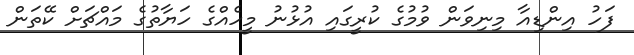
ފަހު އިންޑިއާ މިނިވަން ވުމުގެ ކުރީގައި އުޅުނު މީހެއްގެ ހަޔާތުގެ މައްޗަށް ކޭތަން